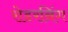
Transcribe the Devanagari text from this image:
रोडरनिंग